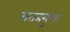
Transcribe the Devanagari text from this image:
सतहयुक्त